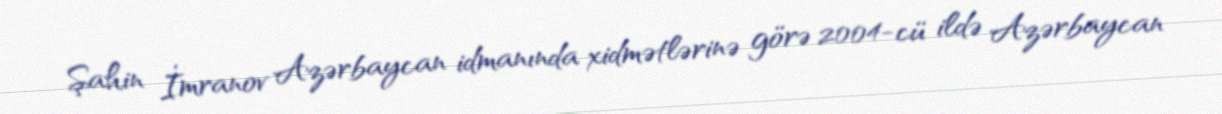
Şahin İmranov Azərbaycan idmanında xidmətlərinə görə 2004-cü ildə Azərbaycan